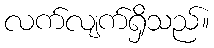
လက်လျက်ရှိသည်။